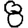
Digit: 8